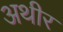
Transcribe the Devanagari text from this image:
अथीर